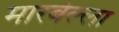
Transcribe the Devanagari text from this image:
मारबेल्ला